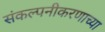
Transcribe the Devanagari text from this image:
संकल्पनीकरणाच्या